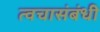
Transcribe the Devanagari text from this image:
त्वचासंबंधी